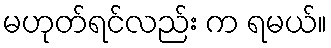
မဟုတ်ရင်လည်း က ရမယ်။